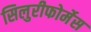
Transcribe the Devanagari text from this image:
सिलुरीफोर्मेस